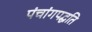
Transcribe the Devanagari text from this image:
पंचांगपद्धति